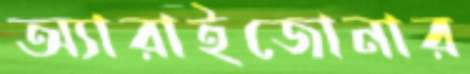
অ্যারাইজোনার